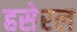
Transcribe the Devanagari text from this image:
हसेरल